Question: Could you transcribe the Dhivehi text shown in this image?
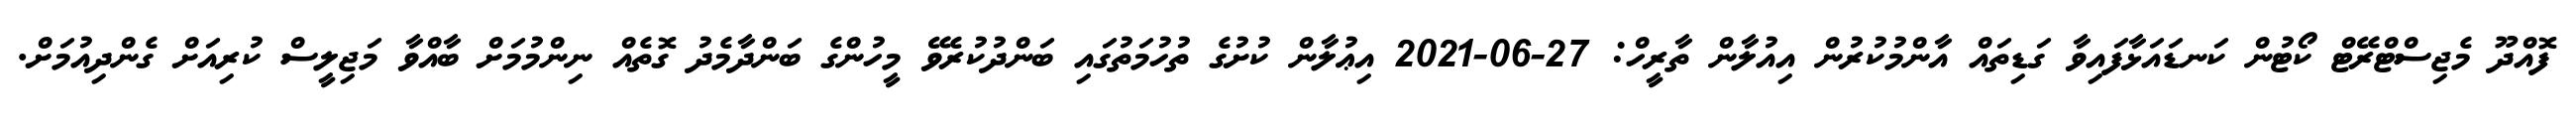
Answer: ފޮއްދޫ މެޖިސްޓްރޭޓް ކޯޓުން ކަނޑައަޅާފައިވާ ގަޑިތައް އާންމުކުރުން އިއުލާން ތާރީހް: 27-06-2021 އިޢުލާން ކުށުގެ ތުހުމަތުގައި ބަންދުކުރެވޭ މީހުންގެ ބަންދާމެދު ގޮތެއް ނިންމުމަށް ބާއްވާ މަޖިލީސް ކުރިއަށް ގެންދިއުމަށް.